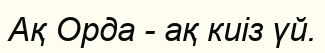
Ақ Орда - ақ киіз үй.